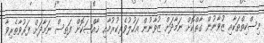
މިސްކިތްތަކާއި ޒުވާނުން ގާތްކޮށް ނަމާދަށް ޒުވާނުން އަހުލުވެރިކުރުމާއި ޚާއްޞަކޮށް ފަތިސް ނަމާދަށް ފަރުވާތެރިވާ